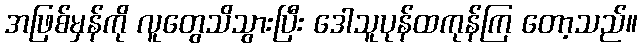
အဖြစ်မှန်ကို လူတွေသိသွားပြီး ဒေါသူပုန်ထကုန်ကြ တော့သည်။